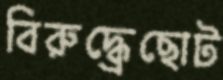
বিরুদ্ধ্রেছোট